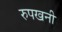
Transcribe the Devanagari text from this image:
रुपखनी